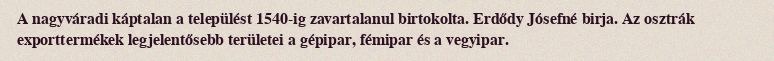
A nagyváradi káptalan a települést 1540-ig zavartalanul birtokolta. Erdődy Jósefné birja. Az osztrák exporttermékek legjelentősebb területei a gépipar, fémipar és a vegyipar.